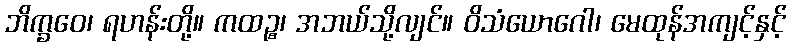
ဘိက္ခဝေ၊ ရဟန်းတို့။ ကထဉ္စ၊ အဘယ်သို့လျင်။ ဝိသံယောဂေါ၊ မေထုန်အကျင့်နှင့်